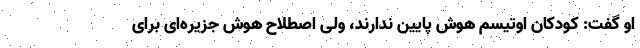
او گفت: کودکان اوتیسم هوش پایین ندارند، ولی اصطلاح هوش جزیره‌ای برای